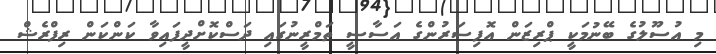
މި އުސޫލުގެ ބޭނުމަކީ ޕްރިޒަން އޮފިސަރުންގެ އަސާސީ ތަމްރީނުގައި ދަސްކޮށްދީފައިވާ ކަންކަން ރިފްރެޝް